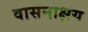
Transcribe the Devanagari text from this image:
वासनाक्षय